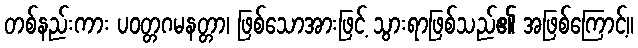
တစ်နည်းကား ပဝတ္တဂမနတ္တာ၊ ဖြစ်သောအားဖြင့် သွားရာဖြစ်သည်၏ အဖြစ်ကြောင့်။